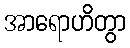
အာရောဟိတွာ